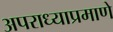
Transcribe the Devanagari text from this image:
अपराध्याप्रमाणे